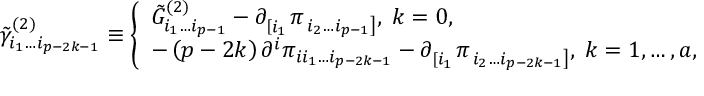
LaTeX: \tilde { \gamma } _ { i _ { 1 } \ldots i _ { p - 2 k - 1 } } ^ { ( 2 ) } \equiv \left\{ \begin{array} { l } { { \tilde { G } _ { i _ { 1 } \ldots i _ { p - 1 } } ^ { ( 2 ) } - \partial _ { \left[ i _ { 1 } \right. } ^ { } \pi _ { \left. i _ { 2 } \ldots i _ { p - 1 } \right] } , \; k = 0 , } } \\ { { - \left( p - 2 k \right) \partial ^ { i } \pi _ { i i _ { 1 } \ldots i _ { p - 2 k - 1 } } - \partial _ { \left[ i _ { 1 } \right. } ^ { } \pi _ { \left. i _ { 2 } \ldots i _ { p - 2 k - 1 } \right] } , \; k = 1 , \ldots , a , } } \end{array} \right.